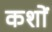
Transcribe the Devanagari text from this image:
कशों